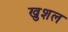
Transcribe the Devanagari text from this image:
खुशल